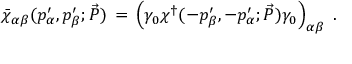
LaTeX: \bar { \chi } _ { \alpha \beta } ( p _ { \alpha } ^ { \prime } , p _ { \beta } ^ { \prime } ; \vec { P } ) \, = \, \left( \gamma _ { 0 } \chi ^ { \dagger } ( - p _ { \beta } ^ { \prime } , - p _ { \alpha } ^ { \prime } ; \vec { P } ) \gamma _ { 0 } \right) _ { \alpha \beta } \; .